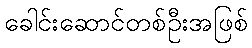
ခေါင်းဆောင်တစ်ဦးအဖြစ်